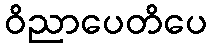
ဝိညာပေတိပေ